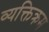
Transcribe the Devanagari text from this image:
व्यक्तिक्रम